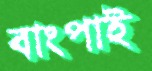
বাংপাই